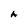
Character: A